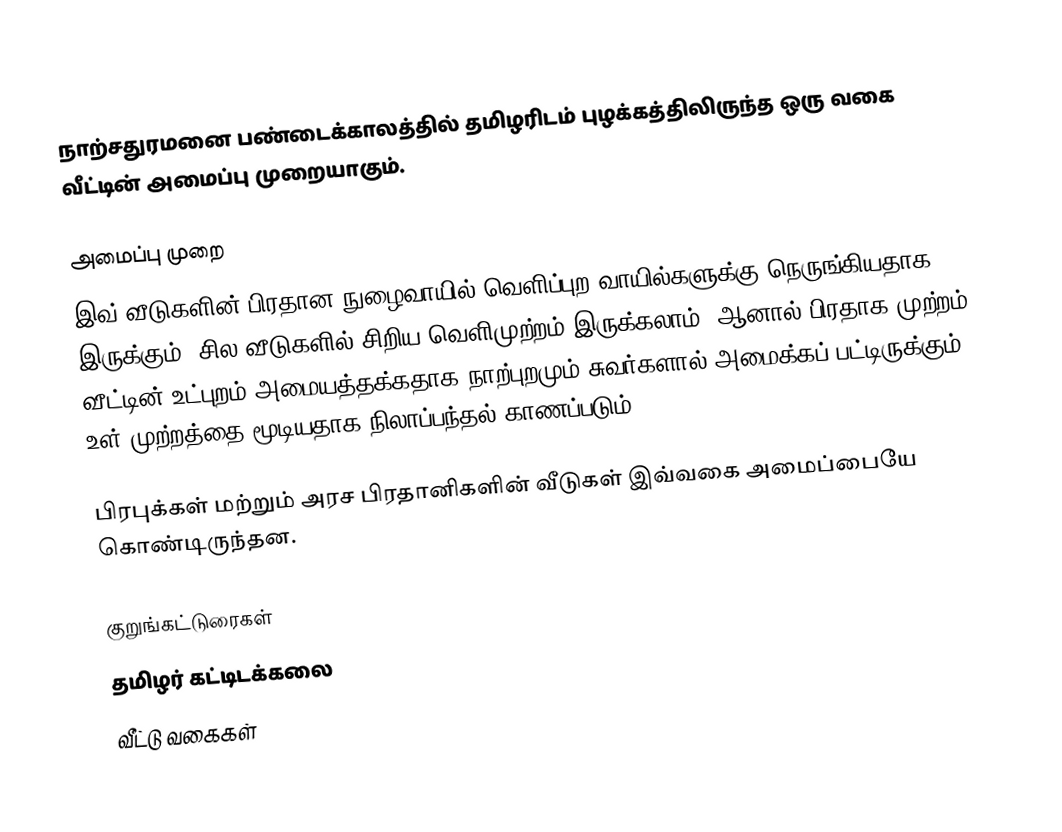
நாற்சதுரமனை பண்டைக்காலத்தில் தமிழரிடம் புழக்கத்திலிருந்த ஒரு வகை வீட்டின் அமைப்பு முறையாகும்.

அமைப்பு முறை
இவ் வீடுகளின் பிரதான நுழைவாயில் வெளிப்புற வாயில்களுக்கு நெருங்கியதாக இருக்கும். சில வீடுகளில் சிறிய வெளிமுற்றம் இருக்கலாம். ஆனால் பிரதாக முற்றம் வீட்டின் உட்புறம் அமையத்தக்கதாக நாற்புறமும் சுவர்களால் அமைக்கப் பட்டிருக்கும் உள் முற்றத்தை மூடியதாக நிலாப்பந்தல் காணப்படும்.

பிரபுக்கள் மற்றும் அரச பிரதானிகளின் வீடுகள் இவ்வகை அமைப்பையே கொண்டிருந்தன.

குறுங்கட்டுரைகள்
தமிழர் கட்டிடக்கலை
வீட்டு வகைகள்